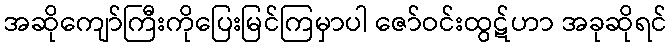
အဆိုကျော်ကြီးကိုပြေးမြင်ကြမှာပါ ဇော်ဝင်းထွဋ်ဟာ အခုဆိုရင်